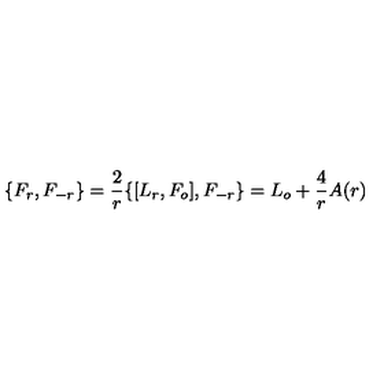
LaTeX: \{ F _ { r } , F _ { - r } \} = \frac { 2 } { r } \{ [ L _ { r } , F _ { o } ] , F _ { - r } \} = L _ { o } + \frac { 4 } { r } A ( r )